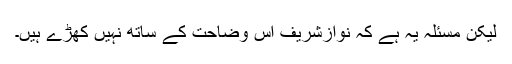
لیکن مسئلہ یہ ہے کہ نوازشریف اس وضاحت کے ساتھ نہیں کھڑے ہیں۔